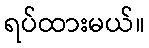
ရပ်ထားမယ်။